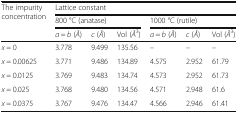
<table><thead><tr><td rowspan="3"><b>The impurity concentration</b></td><td colspan="6"><b>Lattice constant</b></td></tr><tr><td colspan="3"><b>800 °C (anatase)</b></td><td colspan="3"><b>1000 °C (rutile)</b></td></tr><tr><td><b><i>a</i> = <i>b</i> (<i>Å</i>)</b></td><td><b><i>c</i> (<i>Å</i>)</b></td><td><b>Vol (<i>Å</i><sup>3</sup>)</b></td><td><b><i>a</i> = <i>b</i> (<i>Å</i>)</b></td><td><b><i>c</i> (<i>Å</i>)</b></td><td><b>Vol (<i>Å</i><sup>3</sup>)</b></td></tr></thead><tbody><tr><td><i>x</i> = 0</td><td>3.778</td><td>9.499</td><td>135.56</td><td>–</td><td>–</td><td>–</td></tr><tr><td><i>x</i> = 0.00625</td><td>3.771</td><td>9.486</td><td>134.89</td><td>4.575</td><td>2.952</td><td>61.79</td></tr><tr><td><i>x</i> = 0.0125</td><td>3.769</td><td>9.483</td><td>134.74</td><td>4.573</td><td>2.952</td><td>61.73</td></tr><tr><td><i>x</i> = 0.025</td><td>3.768</td><td>9.480</td><td>134.56</td><td>4.571</td><td>2.948</td><td>61.6</td></tr><tr><td><i>x</i> = 0.0375</td><td>3.767</td><td>9.476</td><td>134.47</td><td>4.566</td><td>2.946</td><td>61.41</td></tr></tbody></table>